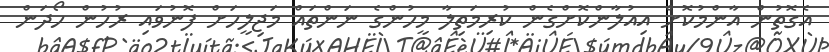
އެގޮތުން އާންމުކޮށް އިއުލާންކޮށްގެން ކުރިމަތިލާ މީހުންގެ ނަންތައް މަޖިލީހަށް ފޮނުވައި ރުހުން ހޯދަން